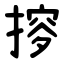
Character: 摉